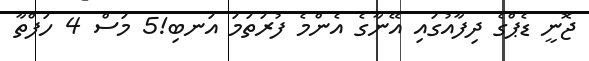
ޖޮނީ ޑެޕްގެ ދިފާއުގައި އޭނާގެ އެންމެ ފުރަތަމަ އަނބި!5 މަސް 4 ހަފްތާ